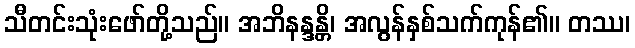
သီတင်းသုံးဖော်တို့သည်။ အဘိနန္ဒန္တိ၊ အလွန်နှစ်သက်ကုန်၏။ တဿ၊